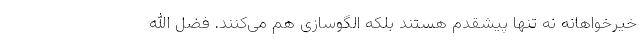
خیرخواهانه نه تنها پیشقدم هستند بلکه الگوسازی هم می‌کنند. فضل الله